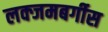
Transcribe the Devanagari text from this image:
लक्जमबर्गीस